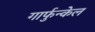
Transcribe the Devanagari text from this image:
गार्फुन्केल